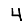
Digit: 4